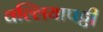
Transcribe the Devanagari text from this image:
वल्लियापट्टी